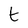
Character: t